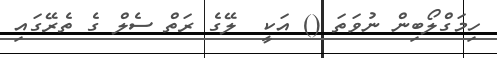
ހިމަގްލޯބިން ނުވަތަ () އަކީ  ލޭގެ ރަތް ސެލް ގެ ތެރޭގައި